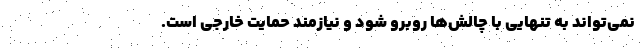
نمی‌تواند به تنهایی با چالش‌ها روبرو شود و نیازمند حمایت خارجی است.